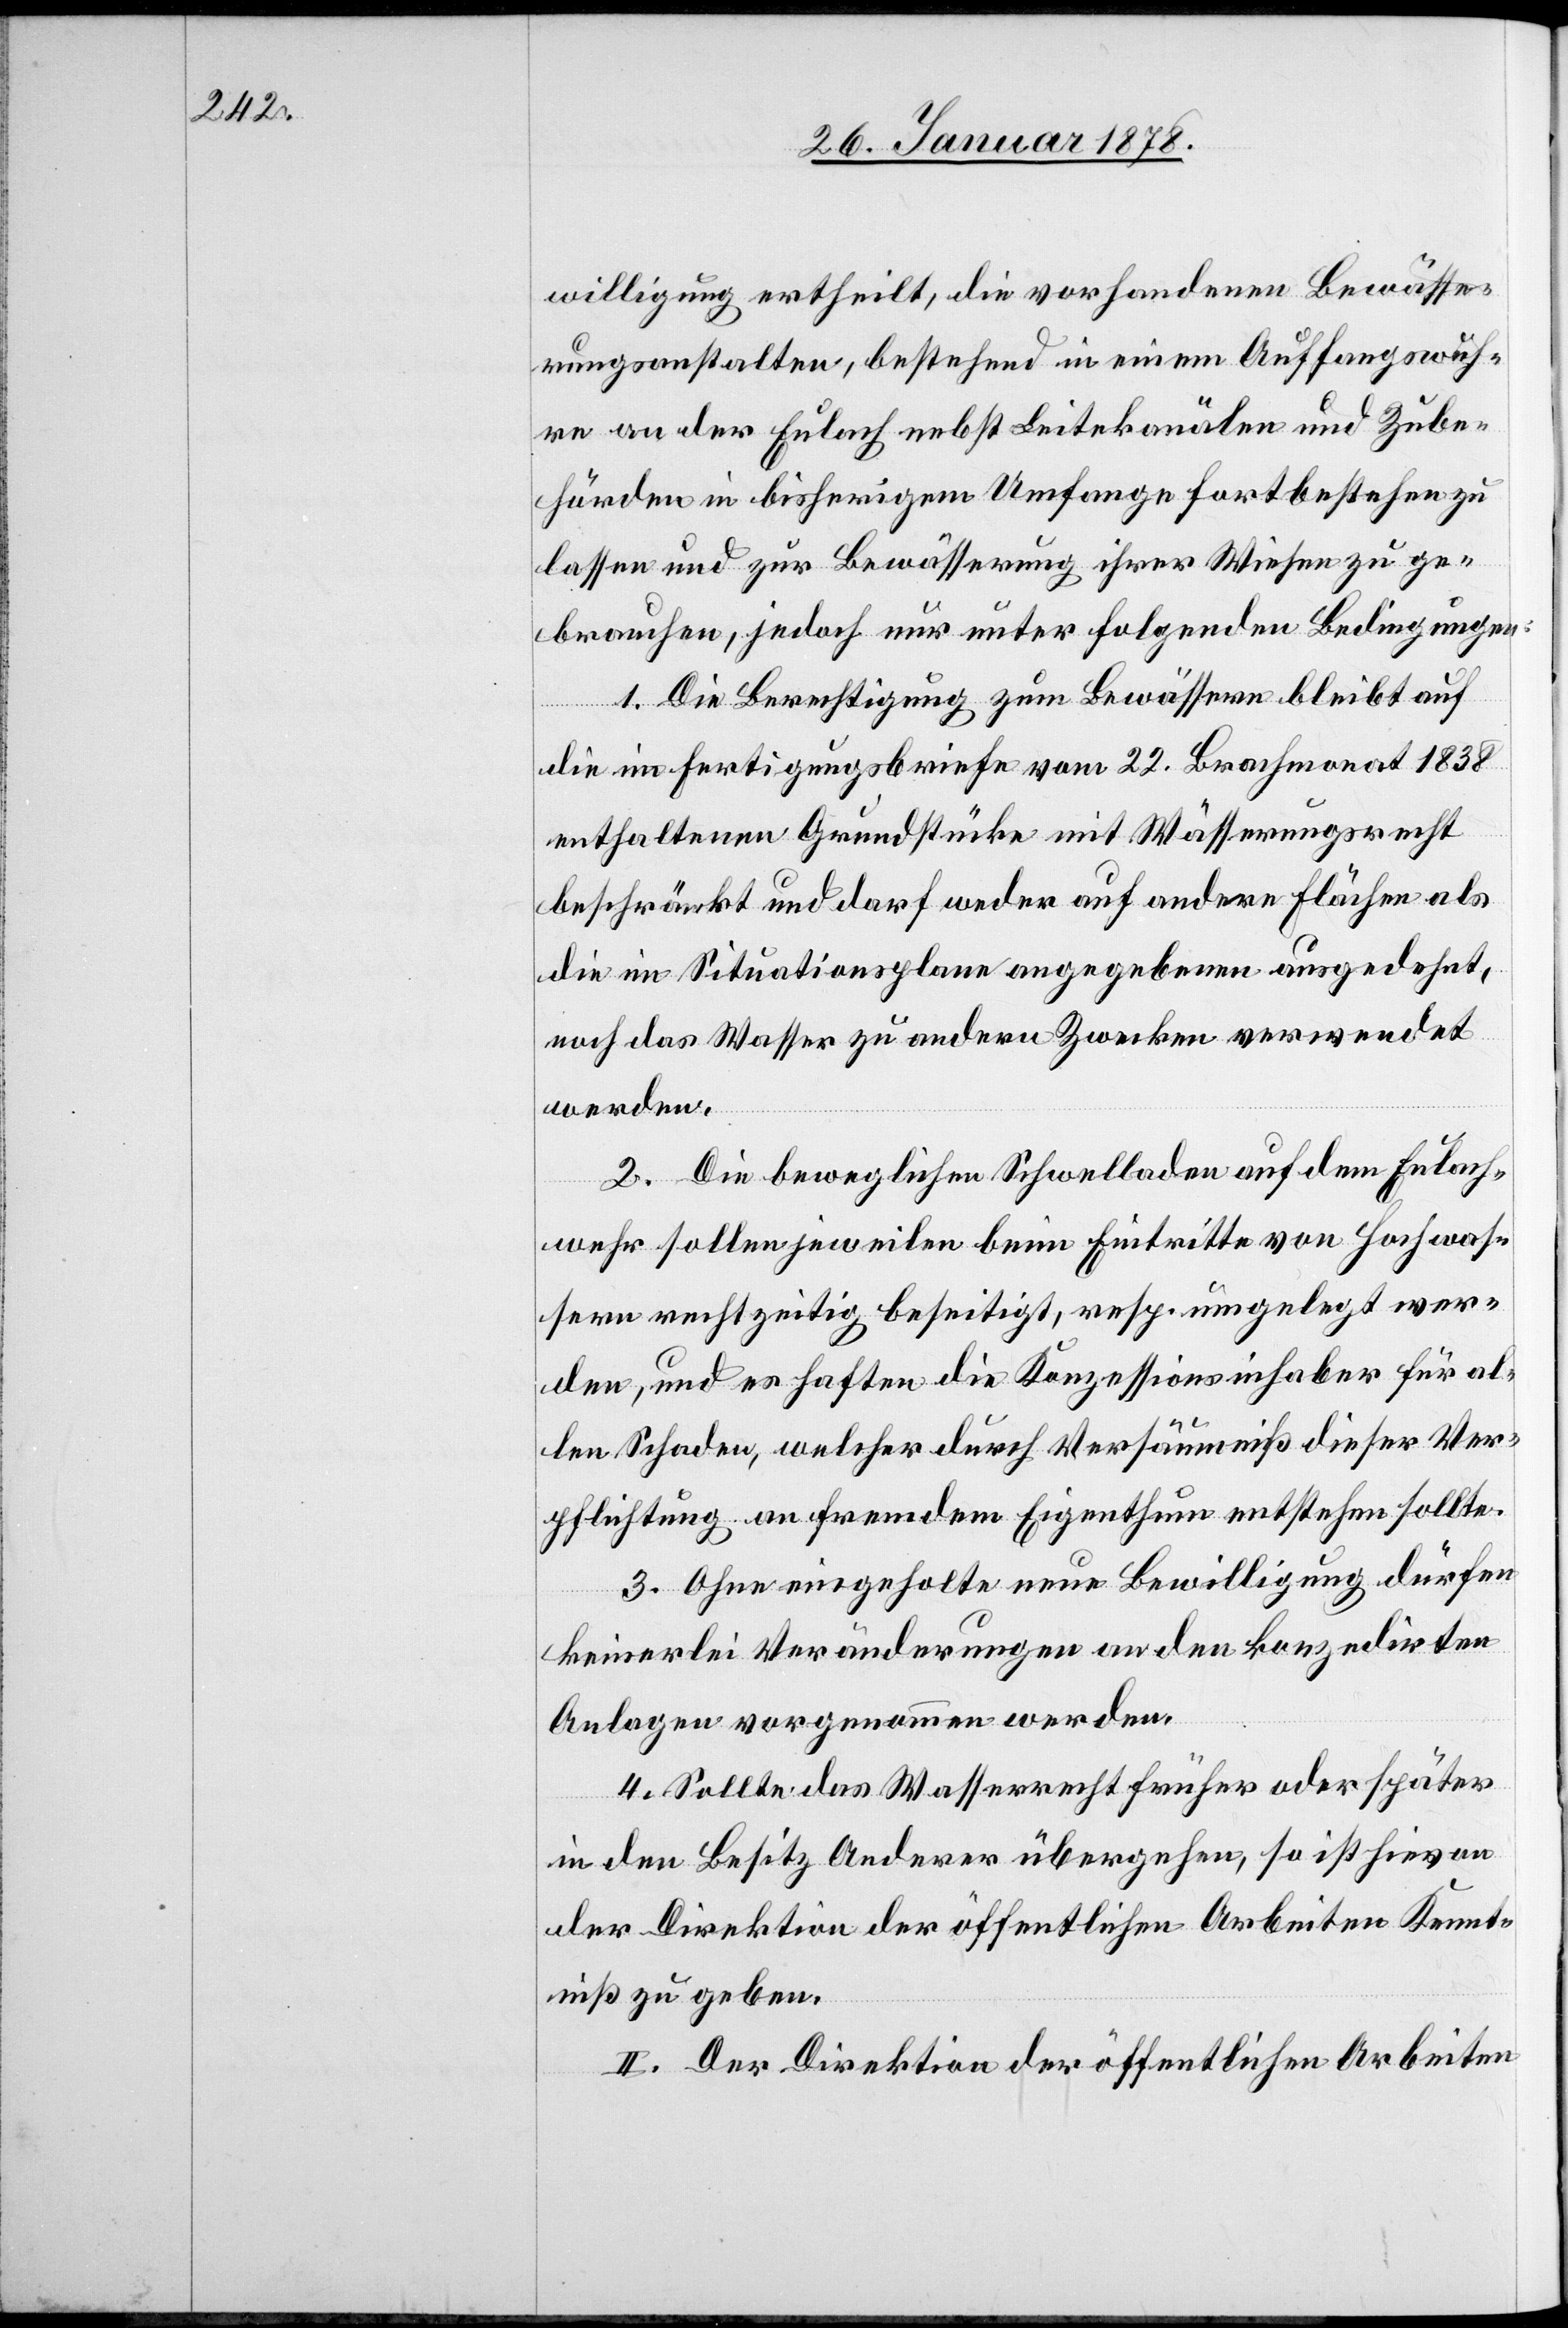
willigung ertheilt, die vorhandenen Bewässe¬
rungsanstalten, bestehend in einem Auffangswuh¬
re an der Eulach nebst Leitekanälen und Zube¬
hörden in bisherigem Umfange fortbestehen zu
lassen und zur Bewässerung ihrer Wiesen zu ge¬
brauchen, jedoch nur unter folgenden Bedingungen:
1. Die Berechtigung zum Bewässern bleibt auf
die im Fertigungsbriefe vom 22. Brachmonat 1838
enthaltenen Grundstücke mit Wässerungsrecht
beschränkt und darf weder auf andere Flächen als
die im Situationsplane angegebenen ausgedehnt,
noch das Wasser zu andern Zwecken verwendet
werden.
2. Die beweglichen Schwelladen auf dem Eulach¬
wehr sollen jeweilen beim Eintritte von Hochwas¬
sern rechtzeitig beseitigt, resp. umgelegt wer¬
den, und es haften die Konzessionsinhaber für al¬
len Schaden, welcher durch Versäumniß dieser Ver¬
pflichtung an fremdem Eigenthum entstehen sollte.
3. Ohne eingeholte neue Bewilligung dürfen
keinerlei Veränderungen an den konzedirten
Anlagen vorgenommen werden.
4. Sollte das Wasserrecht früher oder später
in den Besitz Anderer übergehen, so ist hievon
der Direktion der öffentlichen Arbeiten Kennt¬
niß zu geben.
II. Der Direktion der öffentlichen Arbeiten